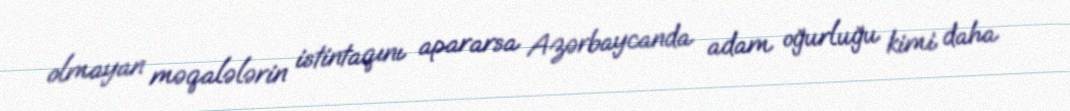
olmayan məqalələrin istintaqını apararsa Azərbaycanda adam oğurluğu kimi daha